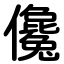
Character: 儳